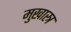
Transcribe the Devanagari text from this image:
मुखास्त्र